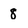
Character: 8